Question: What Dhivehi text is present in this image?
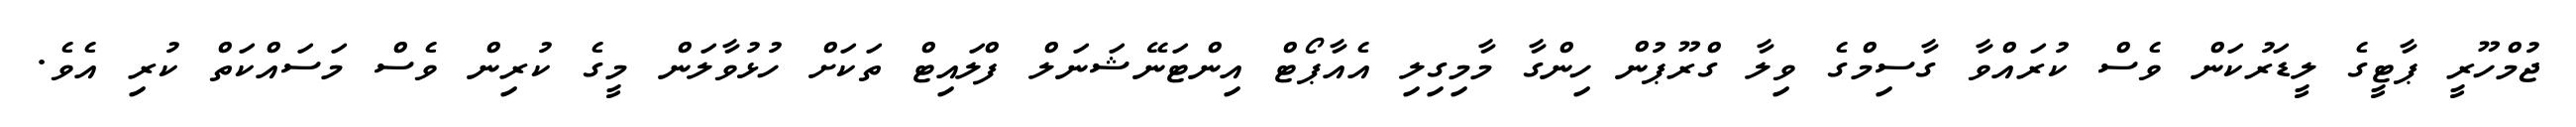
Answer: ޖުމްހޫރީ ޕާޓީގެ ލީޑަރުކަން ވެސް ކުރައްވާ ގާސިމްގެ ވިލާ ގްރޫޕުން ހިންގާ މާމިގިލި އެއާޕޯޓް އިންޓަނޭޝަނަލް ފްލައިޓް ތަކަށް ހުޅުވާލަން މީގެ ކުރިން ވެސް މަސައްކަތް ކުރި އެވެ.